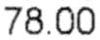
78.00